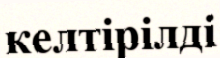
келтірілді